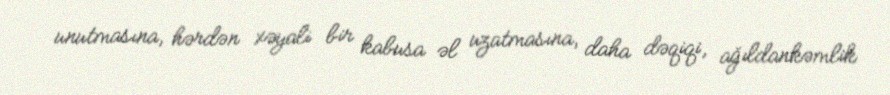
unutmasına, hərdən xəyali bir kabusa əl uzatmasına, daha dəqiqi, ağıldankəmlik